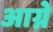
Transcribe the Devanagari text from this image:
आग्ने